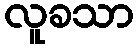
လူခသာ